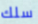
سلك